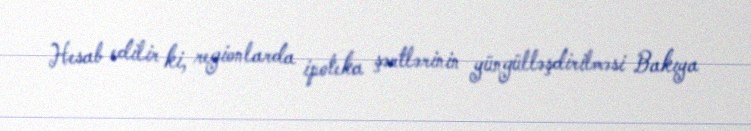
Hesab edilir ki, regionlarda ipoteka şərtlərinin yüngülləşdirilməsi Bakıya